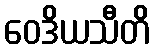
ဝေဒိယသီတိ